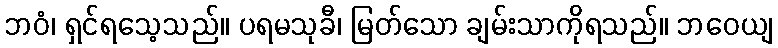
ဘဝံ၊ ရှင်ရသေ့သည်။ ပရမသုခီ၊ မြတ်သော ချမ်းသာကိုရသည်။ ဘဝေယျ